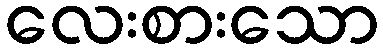
လေးစားသော